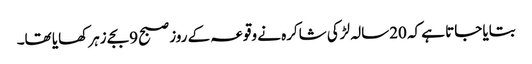
بتایا جاتا ہے کہ 20سالہ لڑکی شاکرہ نے وقوعہ کے روز صبح 9بجے زہر کھایا تھا۔